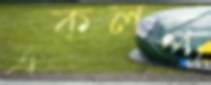
একলপ্ত